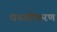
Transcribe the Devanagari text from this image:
धनाग्रीकरण